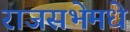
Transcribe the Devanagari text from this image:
राजसभेमधे